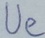
Text: Ue